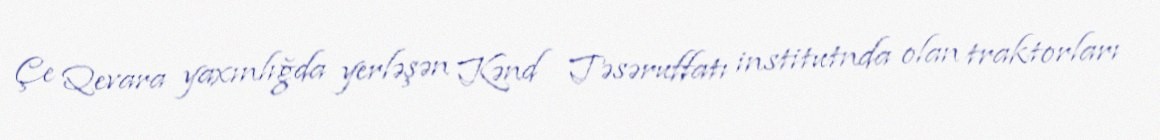
Çe Qevara yaxınlığda yerləşən Kənd Təsəruffatı institutnda olan traktorları